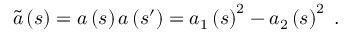
\begin{array} { r } { \widetilde { a } \left( s \right) = a \left( s \right) a \left( s ^ { \prime } \right) = a _ { 1 } \left( s \right) ^ { 2 } - a _ { 2 } \left( s \right) ^ { 2 } \; . } \end{array}